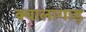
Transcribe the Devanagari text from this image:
क्वालागाड़